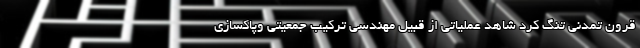
قرونِ تمدنی تنگ کرد شاهد عملیاتی از قبیل مهندسی ترکیب جمعیتی وپاکسازی